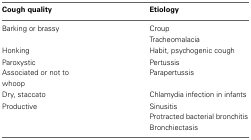
<table><thead><tr><td><b>Cough quality</b></td><td><b>Etiology</b></td></tr></thead><tbody><tr><td>Barking or brassy</td><td>Croup</td></tr><tr><td></td><td>Tracheomalacia</td></tr><tr><td>Honking</td><td>Habit, psychogenic cough</td></tr><tr><td>Paroxystic</td><td>Pertussis</td></tr><tr><td>Associated or not to whoop</td><td>Parapertussis</td></tr><tr><td>Dry, staccato</td><td>Chlamydia infection in infants</td></tr><tr><td>Productive</td><td>Sinusitis</td></tr><tr><td></td><td>Protracted bacterial bronchitis</td></tr><tr><td></td><td>Bronchiectasis</td></tr></tbody></table>